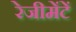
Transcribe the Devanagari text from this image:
रेजीमेंटें